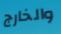
والخارج